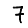
Digit: 7